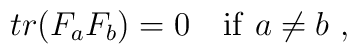
tr(F_aF_b)=0 \ \ \ {\rm if} \ a\not= b   \ ,